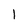
Character: l